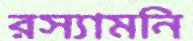
রস্যামনি